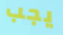
يجب